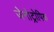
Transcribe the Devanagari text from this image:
जेनोट्रोपिक